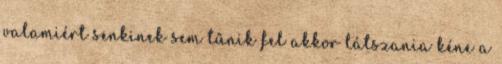
valamiért senkinek sem tűnik fel akkor látszania kéne a